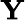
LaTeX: \textbf{Y}